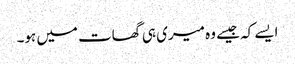
ایسے کہ جیسے وہ میری ہی گھات میں ہو۔